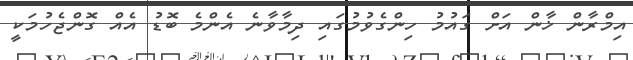
އިމްރާން ޚާން އަށް ގައުމު ހިންގެވުމުގައި ދިމާވާނެ އެންމެ ބޮޑު އެއް ގޮންޖެހުމަކީ